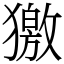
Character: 獥